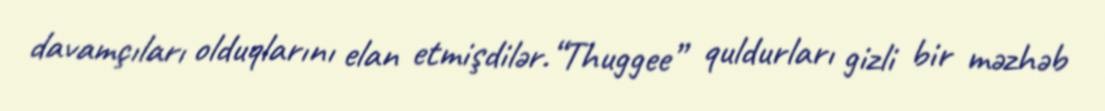
davamçıları olduqlarını elan etmişdilər.“Thuggee” quldurları gizli bir məzhəb